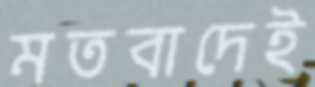
মতবাদেই